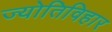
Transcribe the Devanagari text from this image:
ज्योतिविहार